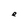
Character: e